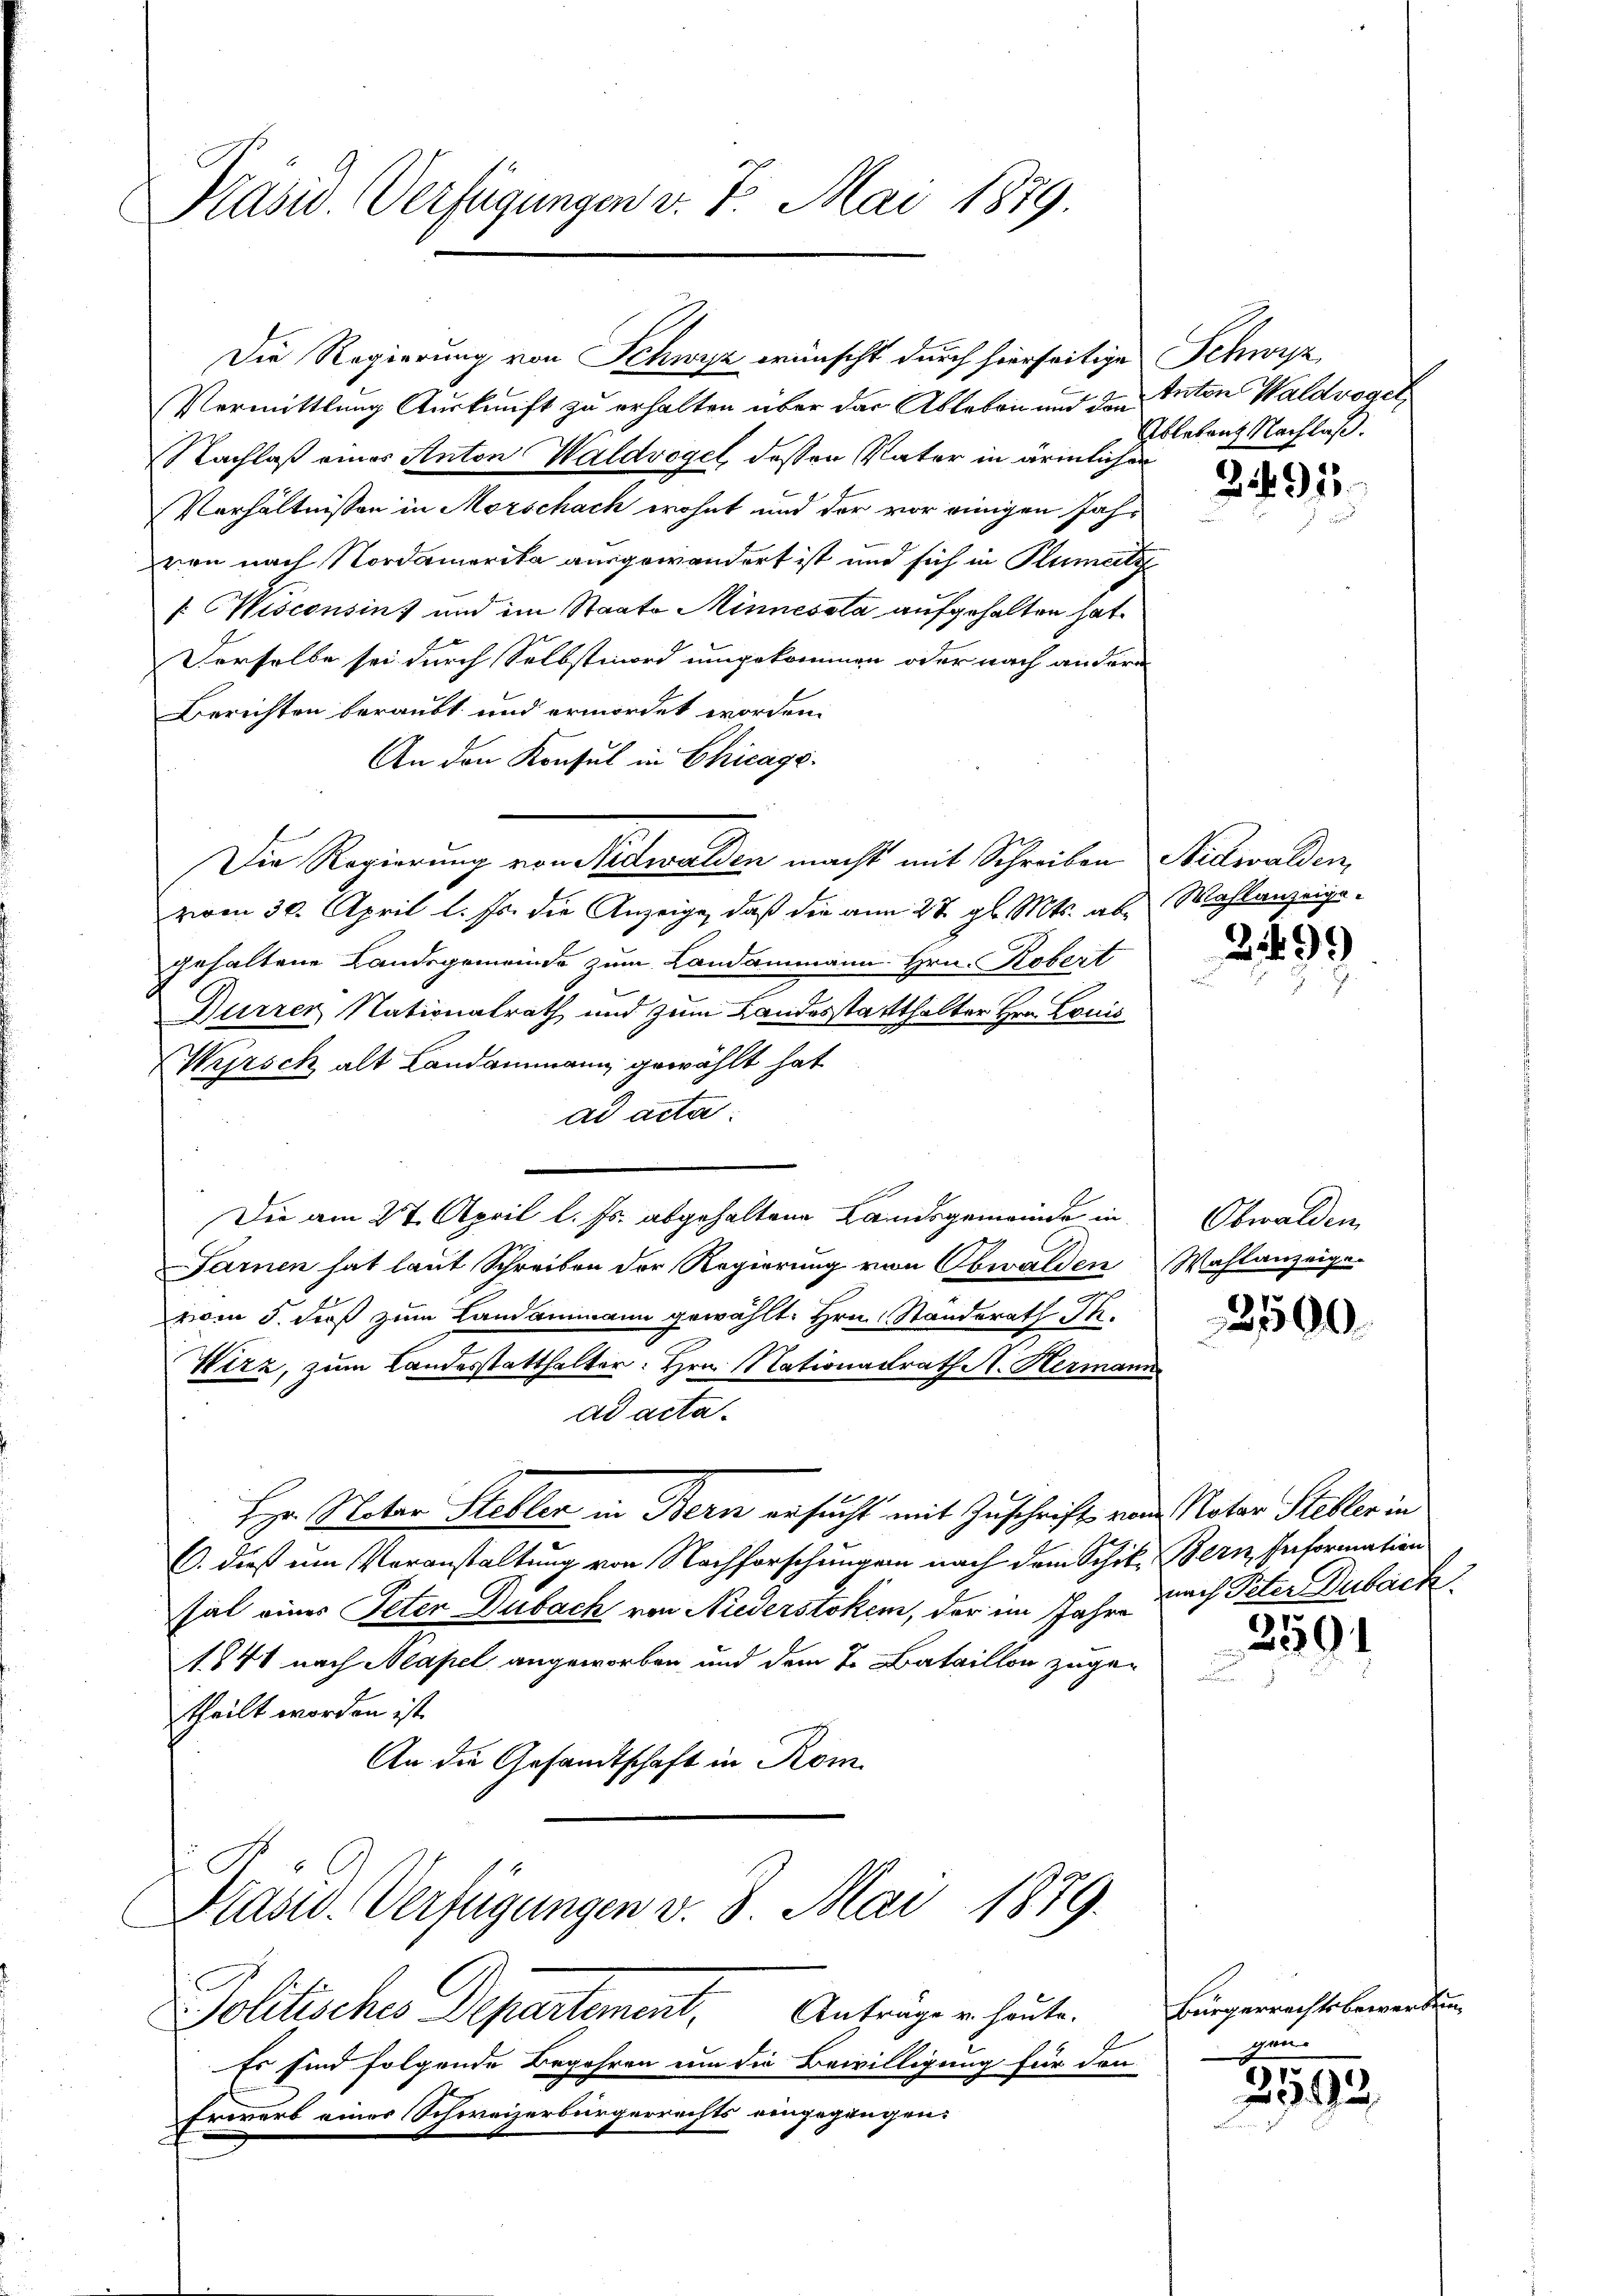
Präsid. Verfügungen v. 7. Mai 1879.

Die Regierung von Schwyz wünscht durch hierseitige Schwyz
Vermittlung Auskunft zu erhalten über der Ableben und den Anton Waldvogel
Nachlaß eines Anton Waldvogel dessen Vater in ärmlichen
Verhältnissen in Morschach wohnt und der vor einigen Jahvon nach Nordamerika ausgewandert ist und sich in Flument
[Wisconsins und im Staate Minnessta aufgehalten hat.
Derselbe sei durch Selbstmord umgekommen oder nach andern
Berichten beraubt und ermordet worden.
An den Konsul in Chicags.
zan 30. April l. Js. die Anzeige, daß die am 27. gl. Mts. als Wahlanzeigegehaltene Landsgemeinde zum Landammann Hrn. Robert
Durren Nationalrath und zum Landesstatthalter Hrn. Louis
Wyrsch alt Landammann gewählt hat
ad acta.
Die am 27. April l. Js. abgehaltene Landsgemeinde in
1
Saren hat laut Schreiben der Regierung von Obwalden Wahlanzeige-
n
vom 5. dieß zum Landammann gewählt. Hrn. Standerath J.
Wirz, zum Landesstatthalter: Hrn. Nationalrath A. Hermann
ad acta.
Her Notar Steller in Bern ersucht mit Zuschrift von Notar Steller in
C. dieß um Veranstaltung von Nachforschungen nach dem Schik Bern Information
sal eines Peten Dubach von Niederstokem, der im Jahr nach Peter Duback
1741 nach Meapel angeworben und dem 7. Bataillon zugetheilt worden ist.
An die Gesandtschaft in Rom

Die Regierung von Nidwalden macht mit Schreiben Nidwalden,

Präsid. Verfügungen v. 8. Mai 1879.

Ablebens Nachlaß.

Solitisches Departement. Antrage er heute
Er sind folgende Begehren um die Bewilligung für den
Erwarb einer Schweizerbürgerrechts eingegangen:

2491.

2499

Obwalden

2500

2591

Bürgerrechtsbewerden
pre

2592.